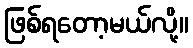
ဖြစ်ရတော့မယ်လို့။